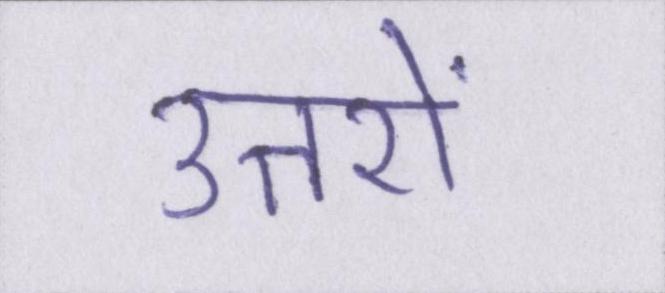
उत्तरों